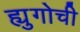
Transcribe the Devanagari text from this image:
ह्युगोची